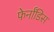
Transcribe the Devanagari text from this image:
फेर्नांडिस